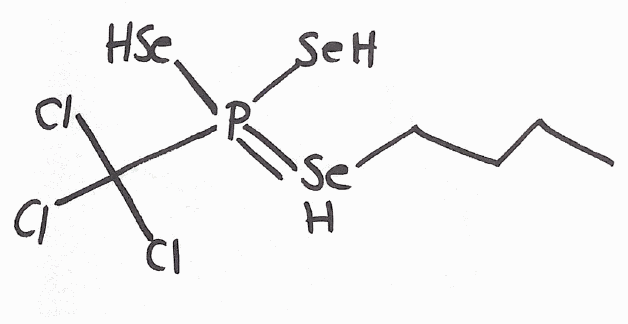
Simplified molecular-input line-entry system (SMILES) notation of the given molecule:
CCCC[SeH]=P(C(Cl)(Cl)Cl)([SeH])[SeH]